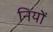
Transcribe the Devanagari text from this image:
नियों